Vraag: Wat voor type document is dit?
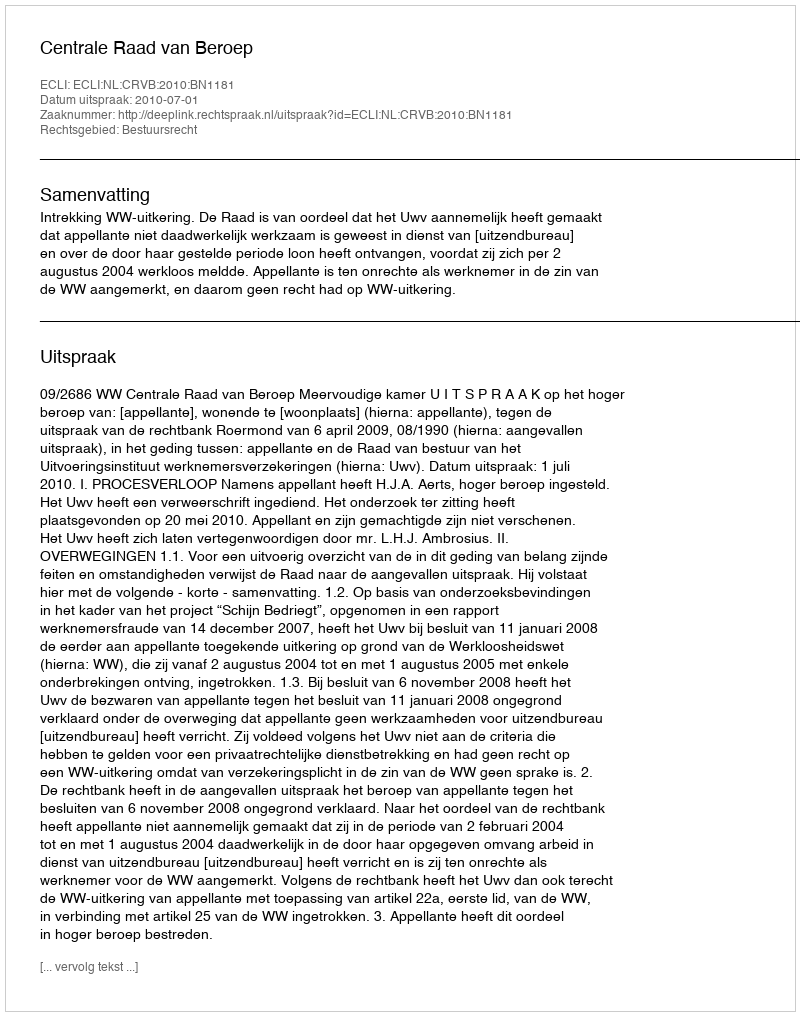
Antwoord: Uitspraak